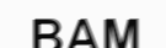
BAM